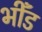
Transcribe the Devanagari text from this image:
भीँड